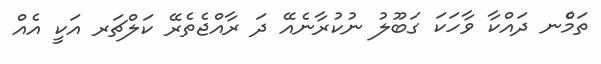
ތަމެްނ ދައްކާ ވާހަކަ ގަބޫލު ނުކުރާނެއޭ ދަ ރާއްޖެތެރޭ ކަލްޗަރ އަކީ އެއް